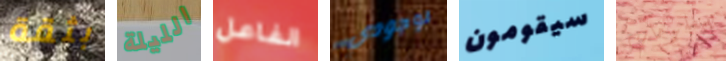
بثقة الليلة الفاعل لوجودي سيقومون بمعلومات